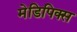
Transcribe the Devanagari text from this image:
मेडिपिक्स